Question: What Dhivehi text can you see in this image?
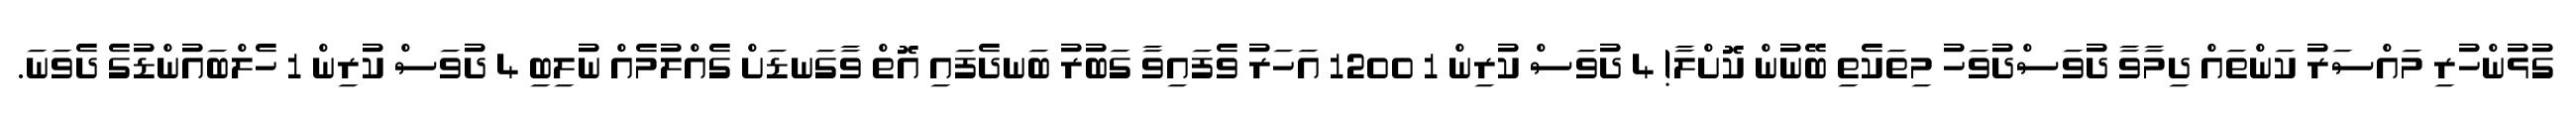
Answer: ގުޅުންހުރި މައްސަރު ކަންތައް ދިމާވާ ދުވަސްދުވަހު މިތަކެތި ބޭނުން ކޮށްލާ! 4 ދުވަސް ކުރިން 1 1200 އަހަރު ވެފައިވާ ގަބުރު ބަނދެފައި އޮތް ވާގަނޑަށް ގެއްލުމެއް ނުލިބި 4 ދުވަސް ކުރިން 1 ހެލްބައުންޑުގެ ދެވަނަ.